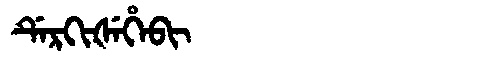
Manchu: ᡩᡝᡵᡴᡳᡧᡝᡥᡝᠪᡳ
Romanization: DERKIŠEHEBI